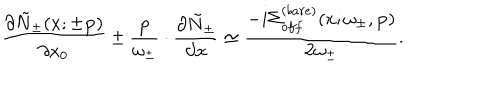
\frac { \partial \tilde { N } _ { \pm } ( x ; \pm { \bf p } ) } { \partial x _ { 0 } } \pm \frac { { \bf p } } { \omega _ { \pm } } \cdot \frac { \partial \tilde { N } _ { \pm } } { \partial { \bf x } } \simeq \frac { - i \Sigma _ { o f f } ^ { ( b a r e ) } ( x ; \omega _ { \pm } , { \bf p } ) } { 2 \omega _ { \pm } } .